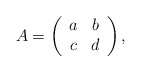
\begin{align*}A=\left(\begin{array}{cc} a & b \\ c & d \\ \end{array} \right),\end{align*}